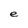
Character: e